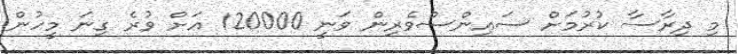
މި ދިރާސާ ކުރުމަށް ސައިންސްވެރިން ވަނީ 120000 އަށް ވުރެ ގިނަ މީހުން